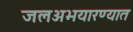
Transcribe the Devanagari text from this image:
जलअभयारण्यात